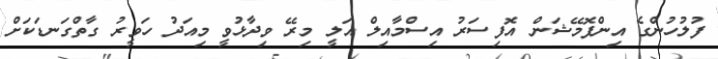
ފުލުހުންގެ އިންފޮމޭޝަން އޮފިސަރު އިސްމާއިލް އަލީ މިރޭ ވިދާޅުވީ މިއަދު ހަވީރު ގާތްގަނޑަކަށް